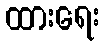
ထားရေး